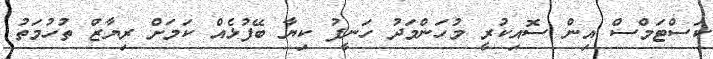
ކަސްޓަމްސް އިން ސޮއިކުރީ މުހަންމަދު ހަނީފު ކިޔާ ބޭފުޅެއް ކަމަށް ރިޔާޒް ތުހުމަތު